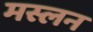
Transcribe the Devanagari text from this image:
मस्लन